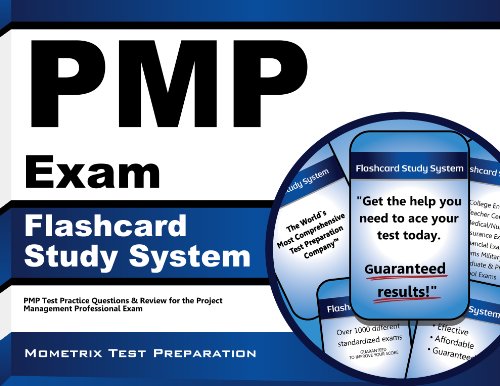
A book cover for PMP Exam Flashcard Study System: PMP Test Practice Questions & Review for the Project Management Professional Exam (Cards); PMP Exam Secrets Test Prep Team; Test Preparation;